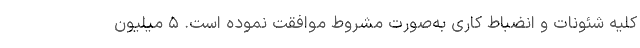
کلیه شئونات و انضباط کاری به‌صورت مشروط موافقت نموده است. ۵ میلیون